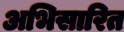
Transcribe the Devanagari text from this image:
अभिसारित